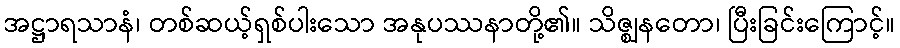
အဋ္ဌာရသာနံ၊ တစ်ဆယ့်ရှစ်ပါးသော အနုပဿနာတို့၏။ သိဇ္ဈနတော၊ ပြီးခြင်းကြောင့်။